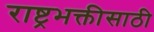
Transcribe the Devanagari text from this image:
राष्ट्रभक्तीसाठी